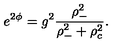
e ^ { 2 \phi } = g ^ { 2 } \frac { \rho _ { - } ^ { 2 } } { \rho _ { - } ^ { 2 } + \rho _ { c } ^ { 2 } } .